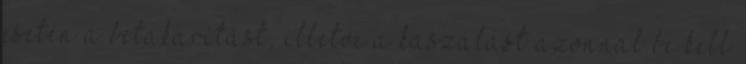
esetén a betakarítást, illetve a kaszálást azonnal be kell